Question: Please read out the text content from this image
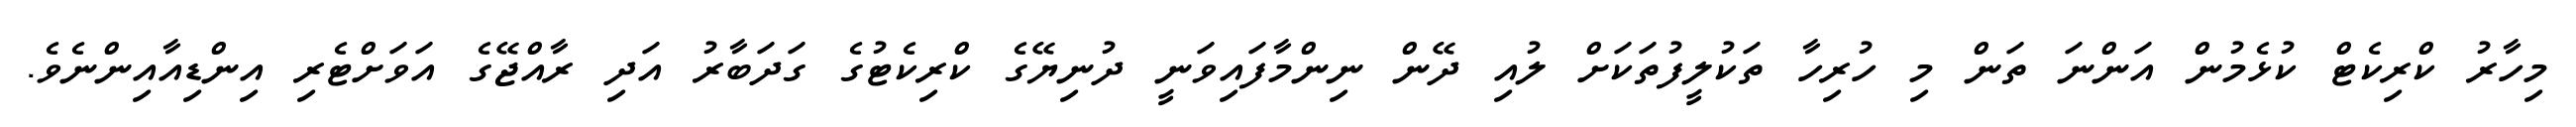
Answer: މިހާރު ކްރިކެޓް ކުޅެމުން އަންނަ ތަން މި ހުރިހާ ތަކުލީފުތަކަށް ލުއި ދޭން ނިންމާފައިވަނީ ދުނިޔޭގެ ކްރިކެޓުގެ ގަދަބާރު އަދި ރާއްޖޭގެ އަވަށްޓެރި އިންޑިއާއިންނެވެ.